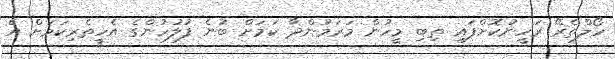
ހޯލްތެރޭ ރަހީނުކޮށްފައި ތިބި މީހުން މަރަމުންދާ ކަމަށް ބުނެ ފުލުހުންގެ އެހީތެރިކަމަށް އެ